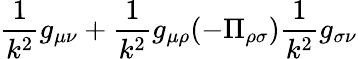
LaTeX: \frac{1}{k^{2}}g_{\mu\nu}+\frac{1}{k^{2}}g_{\mu\rho}(-\Pi_{\rho\sigma})\frac{1}{k^{2}}g_{\sigma\nu}